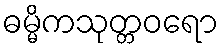
ဓမ္မိကသုတ္တဝရော